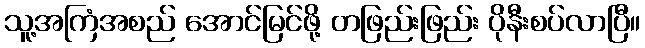
သူ့အကြံအစည် အောင်မြင်ဖို့ တဖြည်းဖြည်း ပိုနီးစပ်လာပြီ။